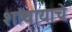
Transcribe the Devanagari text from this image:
शांघायाचे